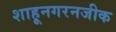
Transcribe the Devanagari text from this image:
शाहूनगरनजीक